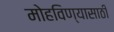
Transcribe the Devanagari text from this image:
मोहविण्यासाठी